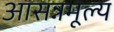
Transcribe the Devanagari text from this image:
आसन्नमूल्य